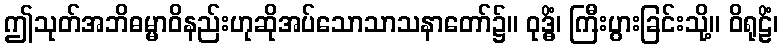
ဤသုတ်အဘိဓမ္မာဝိနည်းဟုဆိုအပ်သောသာသနာတော်၌။ ဝုဒ္ဓိံ၊ ကြီးပွားခြင်းသို့။ ဝိရုဠိံ၊